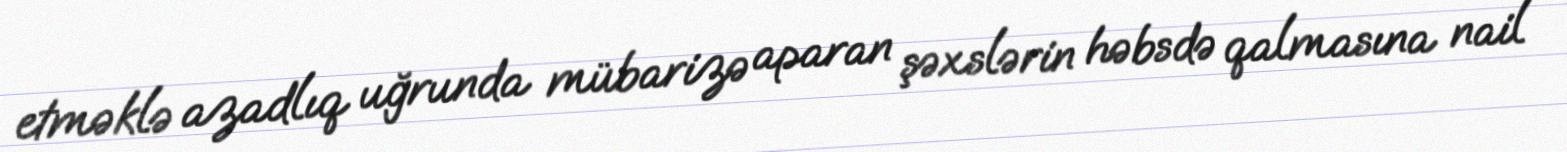
etməklə azadlıq uğrunda mübarizə aparan şəxslərin həbsdə qalmasına nail